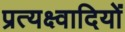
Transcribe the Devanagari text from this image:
प्रत्यक्ष्वादियों